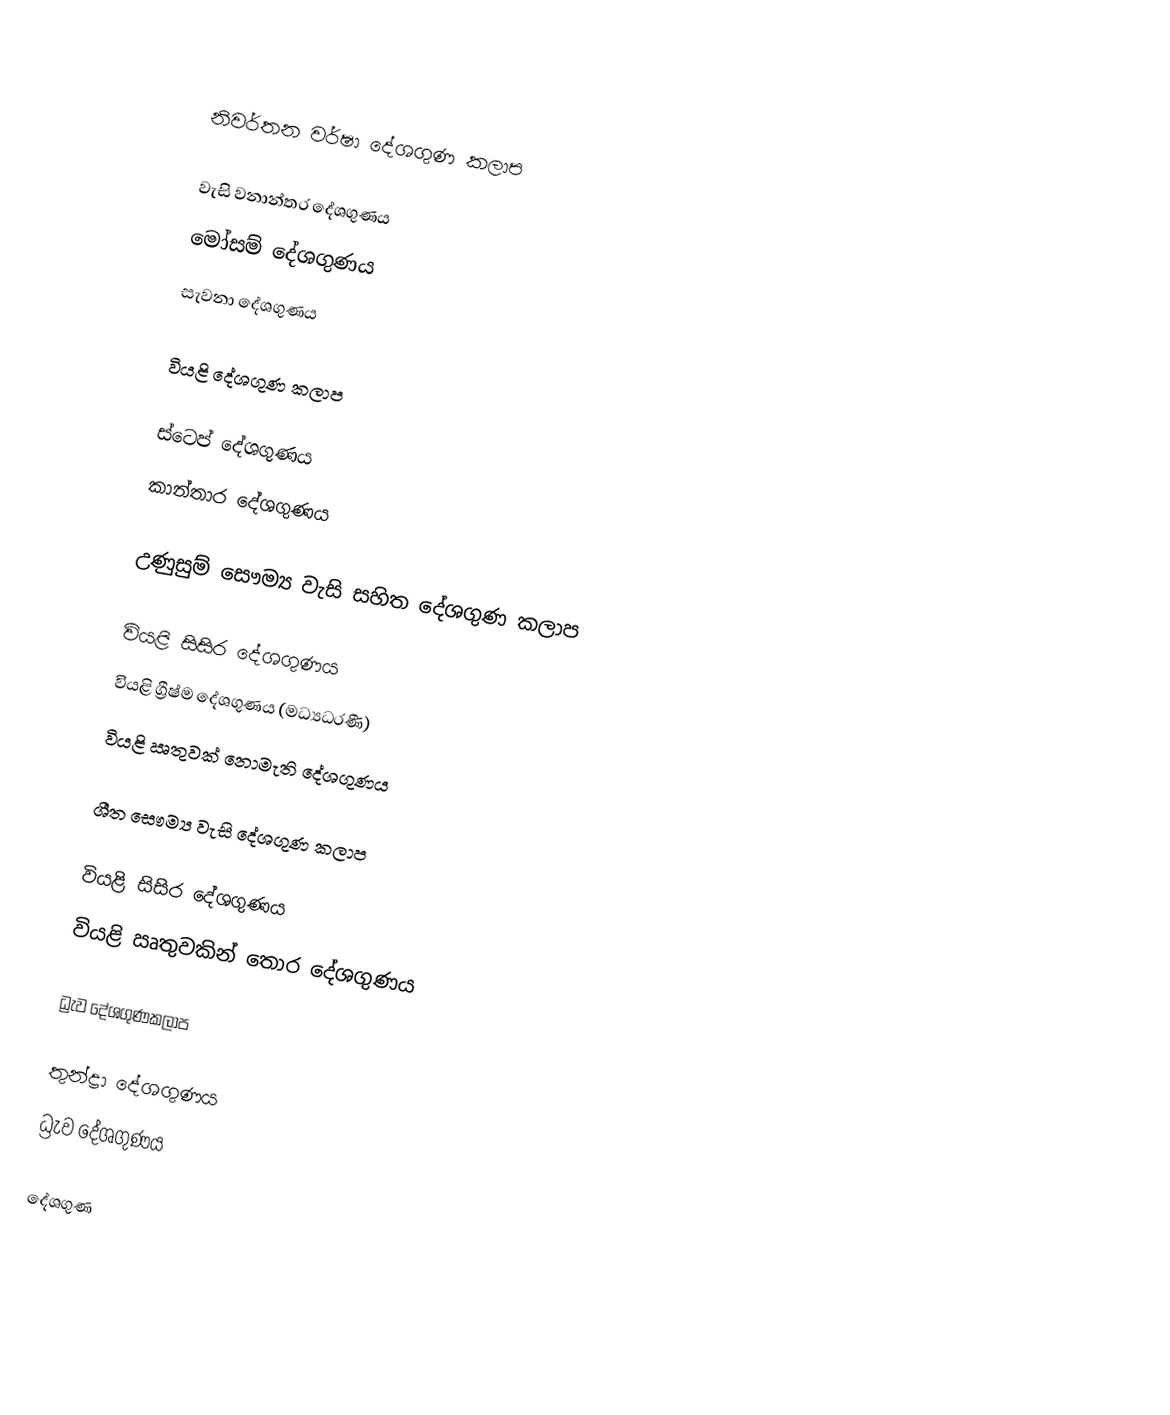

නිවර්තන වර්ෂා දේශගුණ කලාප

 වැසි වනාන්තර දේශගුණය
 මෝසම් දේශගුණය
 සැවනා දේශගුණය

වියළි දේශගුණ කලාප

 ස්ටෙප් දේශගුණය
 කාන්තාර දේශගුණය

උණුසුම් සෞම්‍ය වැසි සහිත දේශගුණ කලාප

 වියළි සිසිර දේශගුණය
 වියළි ග්‍රීෂ්ම දේශගුණය (මධ්‍යධරණී)
 වියළි ඍතුවක් නොමැති දේශගුණය

ශීත සෞම්‍ය වැසි දේශගුණ කලාප

 වියළි සිසිර දේශගුණය
 වියළි ඍතුවකින් තොර දේශගුණය

ධ්‍රැව දේශගුණකලාප

 තුන්ද්‍රා දේශගුණය
 ධ්‍රැව දේශගුණය

දේශගුණ